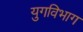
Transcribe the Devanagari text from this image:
युगविभाग